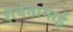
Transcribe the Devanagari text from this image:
शॆवंतामाई